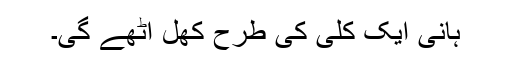
ہانی ایک کلی کی طرح کھلِ اُٹھے گی۔